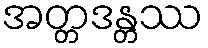
အတ္တဒန္တဿ